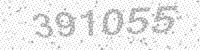
Solution: 391055